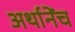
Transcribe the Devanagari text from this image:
अर्थानेंच